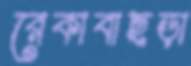
রেকাবাছড়া